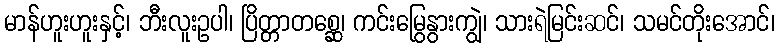
မာန်ဟူးဟူးနှင့်၊ ဘီးလူးဥပါ၊ ပြိတ္တာတစ္ဆေ၊ ကင်းမြွေနွားကျွဲ၊ သားရဲမြင်းဆင်၊ သမင်တိုးအောင်၊